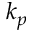
k _ { p }